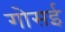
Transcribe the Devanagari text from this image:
गोसई